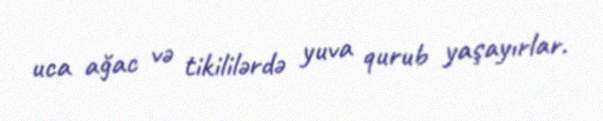
uca ağac və tikililərdə yuva qurub yaşayırlar.